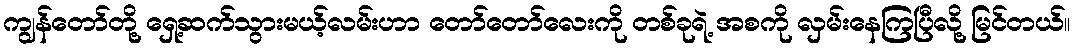
ကျွန်တော်တို့ ရှေ့ဆက်သွားမယ့်လမ်းဟာ တော်တော်လေးကို တစ်ခုရဲ့ အစကို လှမ်းနေကြပြီလို့ မြင်တယ်။